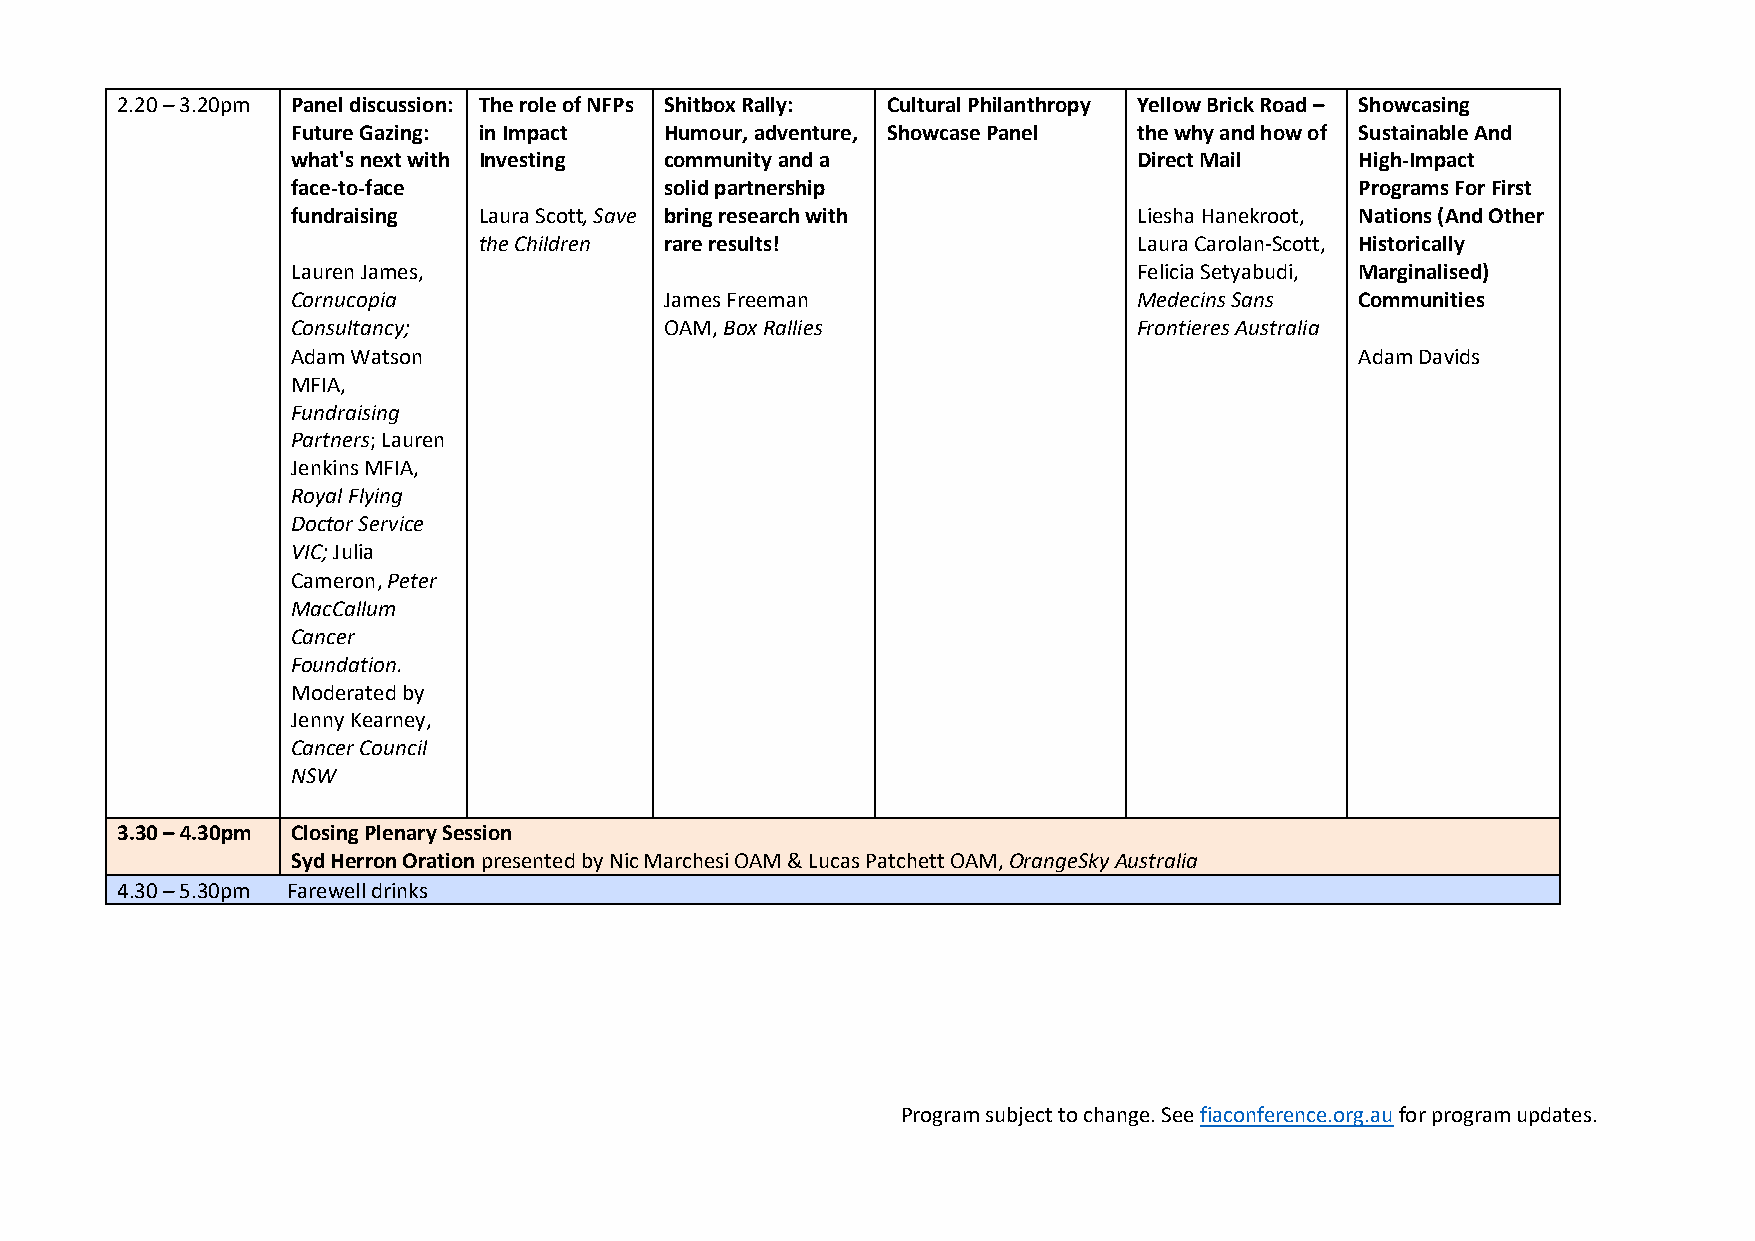
2.20 – 3.20pm Panel discussion: The role of NFPs Shitbox Rally: Cultural Philanthropy Yellow Brick Road – Showcasing
 Future Gazing: in Impact Humour, adventure, Showcase Panel the why and how of Sustainable And
 what's next with Investing community and a              Direct Mail    High-Impact
 face-to-face             solid partnership                             Programs For First
 fundraising  Laura Scott, Save bring research with      Liesha Hanekroot, Nations (And Other
 the Children rare results!                 Laura Carolan-Scott, Historically
 Lauren James,                                           Felicia Setyabudi, Marginalised)
 Cornucopia               James Freeman                  Medecins Sans  Communities
 Consultancy;             OAM, Box Rallies               Frontieres Australia
 Adam Watson                                                            Adam Davids
 MFIA,
 Fundraising
 Partners; Lauren
 Jenkins MFIA,
 Royal Flying
 Doctor Service
 VIC; Julia
 Cameron, Peter
 MacCallum
 Cancer
 Foundation.
 Moderated by
 Jenny Kearney,
 Cancer Council
 NSW
 3.30 – 4.30pm Closing Plenary Session
 Syd Herron Oration presented by Nic Marchesi OAM & Lucas Patchett OAM, OrangeSky Australia
 4.30 – 5.30pm Farewell drinks
 Program subject to change. See fiaconference.org.au for program updates.